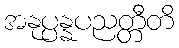
အနုပ္ပန္နပညတ္တီတိ